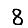
Digit: 8